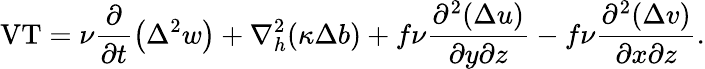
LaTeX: \textnormal{VT}=\nu\frac{\partial}{\partial t}\left(\Delta^{2}w\right)+\nabla_{h}^{2}(\kappa\Delta b)+f\nu\frac{\partial^{2}(\Delta u)}{\partial y\partial z}-f\nu\frac{\partial^{2}(\Delta v)}{\partial x\partial z}.